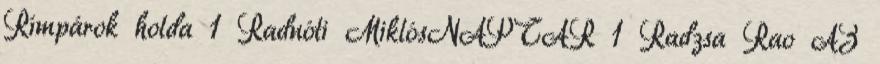
Rímpárok holda 1 Radnóti MiklósNAPTÁR 1 Radzsa Rao AZ